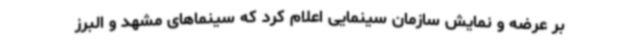
بر عرضه و نمایش سازمان سینمایی اعلام کرد که سینماهای مشهد و البرز